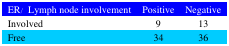
<table><thead><tr><td><b>ER / Lymph node involvement</b></td><td><b>Positive</b></td><td><b>Negative</b></td></tr></thead><tbody><tr><td>Involved</td><td>9</td><td>13</td></tr><tr><td>Free</td><td>34</td><td>36</td></tr></tbody></table>